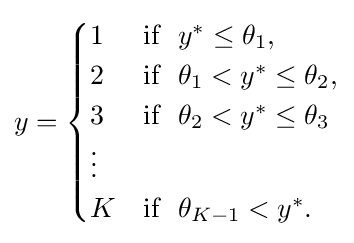
y={\begin{cases}1&{\text{if}}~~y^{*}\leq \theta _{1},\\2&{\text{if}}~~\theta _{1}<y^{*}\leq \theta _{2},\\3&{\text{if}}~~\theta _{2}<y^{*}\leq \theta _{3}\\\vdots \\K&{\text{if}}~~\theta _{K-1}<y^{*}.\end{cases}}